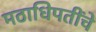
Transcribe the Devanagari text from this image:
मठाधिपतींचे